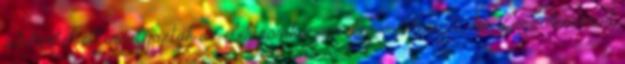
adóterhek ellensúlyozták az elektronikai részleg veszteségét. Az elemzők szerint